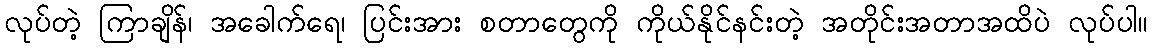
လုပ်တဲ့ ကြာချိန်၊ အခေါက်ရေ၊ ပြင်းအား စတာတွေကို ကိုယ်နိုင်နင်းတဲ့ အတိုင်းအတာအထိပဲ လုပ်ပါ။